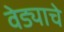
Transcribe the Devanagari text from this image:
वेड्याचे